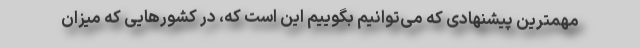
مهمترین پیشنهادی که می‌توانیم بگوییم این است که، در کشورهایی که میزان